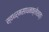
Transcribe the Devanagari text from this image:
स्वधर्मसाधनक्लेशात्‌।